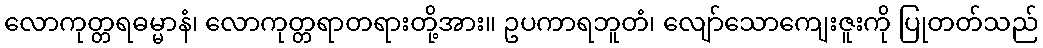
လောကုတ္တရဓမ္မာနံ၊ လောကုတ္တရာတရားတို့အား။ ဥပကာရဘူတံ၊ လျော်သောကျေးဇူးကို ပြုတတ်သည်